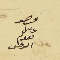
عصو حلىل نعوم الرحى